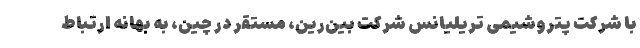
با شرکت پتروشیمی تریلیانس شرکت بین‌رین، مستقر در چین، به بهانه ارتباط